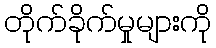
တိုက်ခိုက်မှုများကို